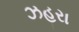
ઝહરા